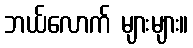
ဘယ်လောက် များများ။